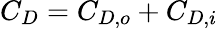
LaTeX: C_{D}=C_{D,o}+C_{D,i}